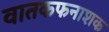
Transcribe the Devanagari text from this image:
वातकफनाशक